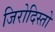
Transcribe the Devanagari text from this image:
जिरोदिस्तो